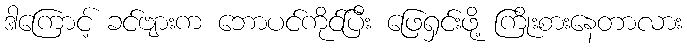
ဒါကြောင့် ခင်ဗျားက ဘောပင်ကိုင်ပြီး ဖြေရှင်းဖို့ ကြိုးစားနေတာလား